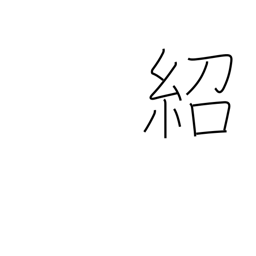
Meaning: introduce